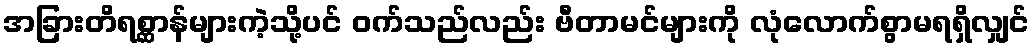
အခြားတိရစ္ဆာန်များကဲ့သို့ပင် ဝက်သည်လည်း ဗီတာမင်များကို လုံလောက်စွာမရရှိလျှင်